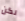
لكن